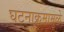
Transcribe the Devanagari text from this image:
घटनाक्रमामुळे